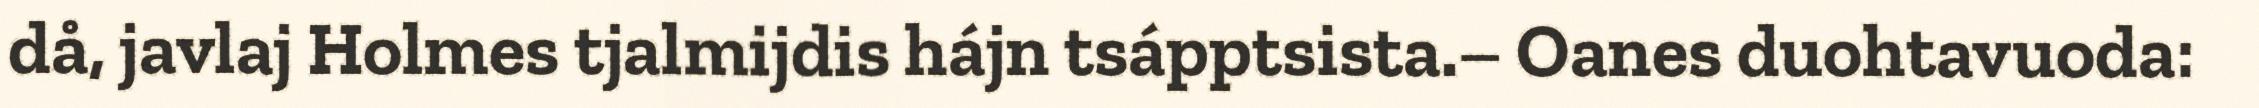
då, javlaj Holmes tjalmijdis hájn tsápptsista.– Oanes duohtavuoda: